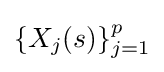
\{X_{j}(s)\}_{j=1}^{p}